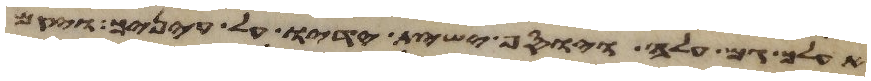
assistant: אעלך גם עלה ויוסף ישית ידיו על עיניך ויקם